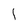
Character: I